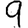
Digit: 9